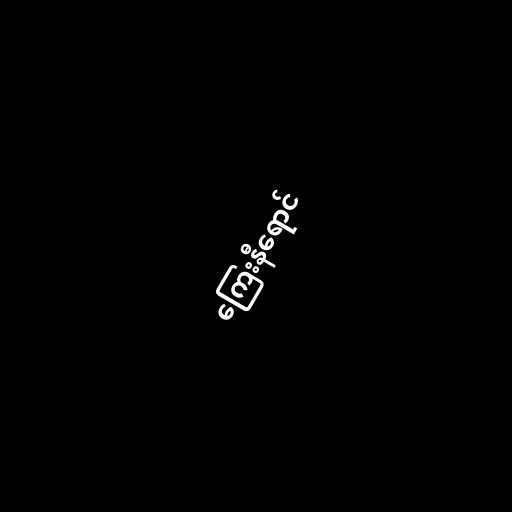
ကြေးနီရောင်